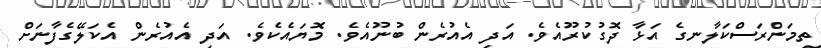
ތިމަންރަސްކަލާނގެ އަޅާ ދޮގުކުރޫއެވެ. އަދި އެއުރެން ބުނޫއެވެ. މޮޔައެކެވެ. އަދި އެއުރެން އެކަލޭގެފާނަށް